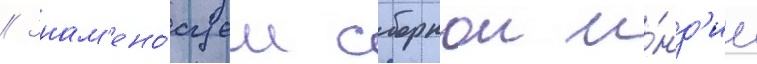
// Знам'ено́сцем сборнои и́нд'ии